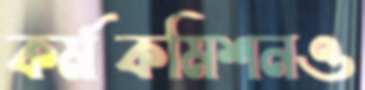
কর্মকমিশনও